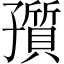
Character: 𡦫